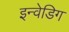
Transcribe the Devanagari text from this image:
इन्वेडिग